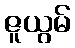
ဇူယွမ်